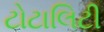
ટોટાલિટી